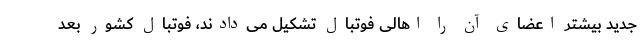
جدید بیشتر اعضای آن را اهالی فوتبال تشکیل می‌دادند، فوتبال کشور بعد